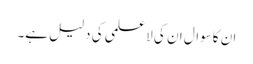
ان کاسوال ان کی لاعلمی کی دلیل ہے۔